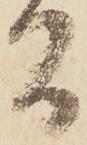
間